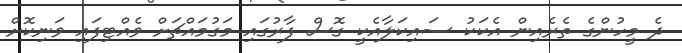
ދެ މީހުންގެ ތެރެއިން އެކަކު ސައިކަލާއެކީ ގޮސް ފާރުގައި މަގުމައްޗަށް ވެއްޓިފައި ވަނިކޮށް